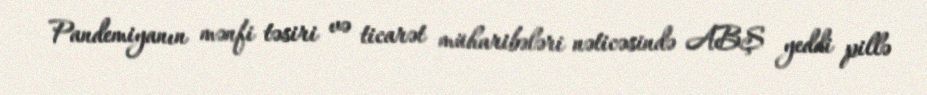
Pandemiyanın mənfi təsiri və ticarət müharibələri nəticəsində ABŞ yeddi pillə